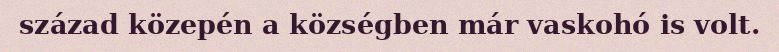
század közepén a községben már vaskohó is volt.